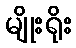
မျိုးရိုး